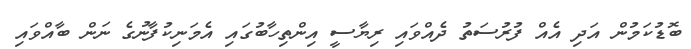
ބޮޑުކަމުން އަދި އެއް ފުރުސަތު ދެއްވައި ރިޔާސީ އިންތިހާބުގައި އެމަނިކުފާނުގެ ނަން ބާއްވައި